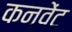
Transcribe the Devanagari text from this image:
कन्वेंट